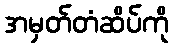
အမှတ်တံဆိပ်ကို